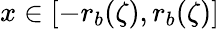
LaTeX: x\in[-r_{b}(\zeta),r_{b}(\zeta)]